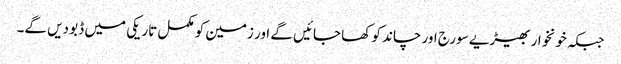
جبکہ خونخوار بھیڑیے سورج اور چاند کو کھا جائیں گے اور زمین کو مکمل تاریکی میں ڈبو دیں گے۔